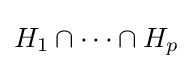
H_{1}\cap \cdots \cap H_{p}